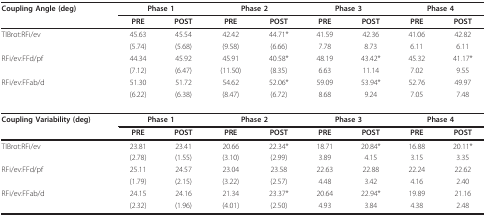
<table><thead><tr><td><b>Coupling Angle (deg)</b></td><td colspan="2"><b>Phase 1</b></td><td colspan="2"><b>Phase 2</b></td><td colspan="2"><b>Phase 3</b></td><td colspan="2"><b>Phase 4</b></td></tr><tr><td></td><td><b>PRE</b></td><td><b>POST</b></td><td><b>PRE</b></td><td><b>POST</b></td><td><b>PRE</b></td><td><b>POST</b></td><td><b>PRE</b></td><td><b>POST</b></td></tr></thead><tbody><tr><td>TIBrot:RFi/ev</td><td>45.63</td><td>45.54</td><td>42.42</td><td>44.71*</td><td>41.59</td><td>42.36</td><td>41.06</td><td>42.82</td></tr><tr><td></td><td>(5.74)</td><td>(5.68)</td><td>(9.58)</td><td>(6.66)</td><td>7.78</td><td>8.73</td><td>6.11</td><td>6.11</td></tr><tr><td>RFi/ev:FFd/pf</td><td>44.34</td><td>45.92</td><td>45.91</td><td>40.58*</td><td>48.19</td><td>43.42*</td><td>45.32</td><td>41.17*</td></tr><tr><td></td><td>(7.12)</td><td>(6.47)</td><td>(11.50)</td><td>(8.35)</td><td>6.63</td><td>11.14</td><td>7.02</td><td>9.55</td></tr><tr><td>RFi/ev:FFab/d</td><td>51.30</td><td>51.72</td><td>54.62</td><td>52.06*</td><td>59.09</td><td>53.94*</td><td>52.76</td><td>49.97</td></tr><tr><td></td><td>(6.22)</td><td>(6.38)</td><td>(8.47)</td><td>(6.72)</td><td>8.68</td><td>9.24</td><td>7.05</td><td>7.48</td></tr><tr><td><b>Coupling Variability (deg)</b></td><td colspan="2"><b>Phase 1</b></td><td colspan="2"><b>Phase 2</b></td><td colspan="2"><b>Phase 3</b></td><td colspan="2"><b>Phase 4</b></td></tr><tr><td></td><td><b>PRE</b></td><td><b>POST</b></td><td><b>PRE</b></td><td><b>POST</b></td><td><b>PRE</b></td><td><b>POST</b></td><td><b>PRE</b></td><td><b>POST</b></td></tr><tr><td>TIBrot:RFi/ev</td><td>23.81</td><td>23.41</td><td>20.66</td><td>22.34*</td><td>18.71</td><td>20.84*</td><td>16.88</td><td>20.11*</td></tr><tr><td></td><td>(2.78)</td><td>(1.55)</td><td>(3.10)</td><td>(2.99)</td><td>3.89</td><td>4.15</td><td>3.15</td><td>3.35</td></tr><tr><td>RFi/ev:FFd/pf</td><td>25.11</td><td>24.57</td><td>23.04</td><td>23.58</td><td>22.63</td><td>22.88</td><td>22.24</td><td>22.62</td></tr><tr><td></td><td>(1.79)</td><td>(2.15)</td><td>(3.22)</td><td>(2.57)</td><td>4.48</td><td>3.42</td><td>4.16</td><td>2.40</td></tr><tr><td>RFi/ev:FFab/d</td><td>24.15</td><td>24.16</td><td>21.34</td><td>23.37*</td><td>20.64</td><td>22.94*</td><td>19.89</td><td>21.16</td></tr><tr><td></td><td>(2.32)</td><td>(1.96)</td><td>(4.01)</td><td>(2.50)</td><td>4.93</td><td>3.84</td><td>4.38</td><td>2.48</td></tr></tbody></table>